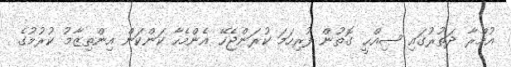
އުމްރާ ދަތުރުގައި ޞިއްޙީ ގޮތުން ފުރިހަމަ ކުރަންޖެހޭ އެންމެހާ ކަންކަން އިންތިޒާމު ކުރުމުގެ